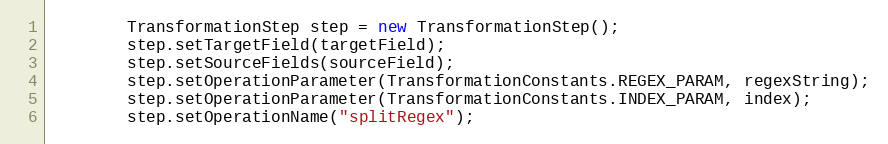
Language: Java
        TransformationStep step = new TransformationStep();
        step.setTargetField(targetField);
        step.setSourceFields(sourceField);
        step.setOperationParameter(TransformationConstants.REGEX_PARAM, regexString);
        step.setOperationParameter(TransformationConstants.INDEX_PARAM, index);
        step.setOperationName("splitRegex");